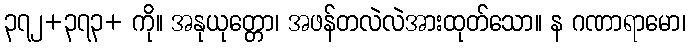
၃၇၂+၃၇၃+ ကို။ အနုယုတ္တော၊ အဖန်တလဲလဲအားထုတ်သော။ န ဂဏာရာမော၊